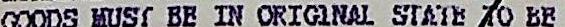
GOODS MUST BE IN ORIGINAL STATE TO BE